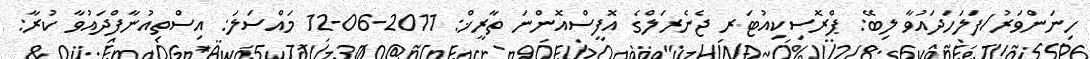
ހިނަންވަރު/ފަލަހަދައުވާ ލިބޭ: ޕްރޮސިކިއުޓަރ ޖެނެރަލްގެ އޮފީސްއޮންނަ ތާރީޚް: 2011-06-12 މައްސަލަ: އިސްތިއުނާފްދައުވާ ކުރާ: